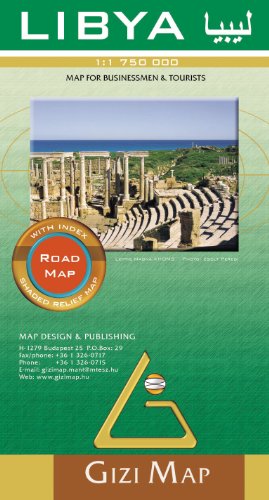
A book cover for Libya Road Map; GiziMap; Travel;